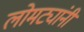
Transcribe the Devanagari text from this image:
लोमट्यांनी